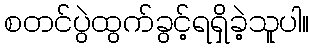
စတင်ပွဲထွက်ခွင့်ရရှိခဲ့သူပါ။